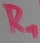
Text: R1